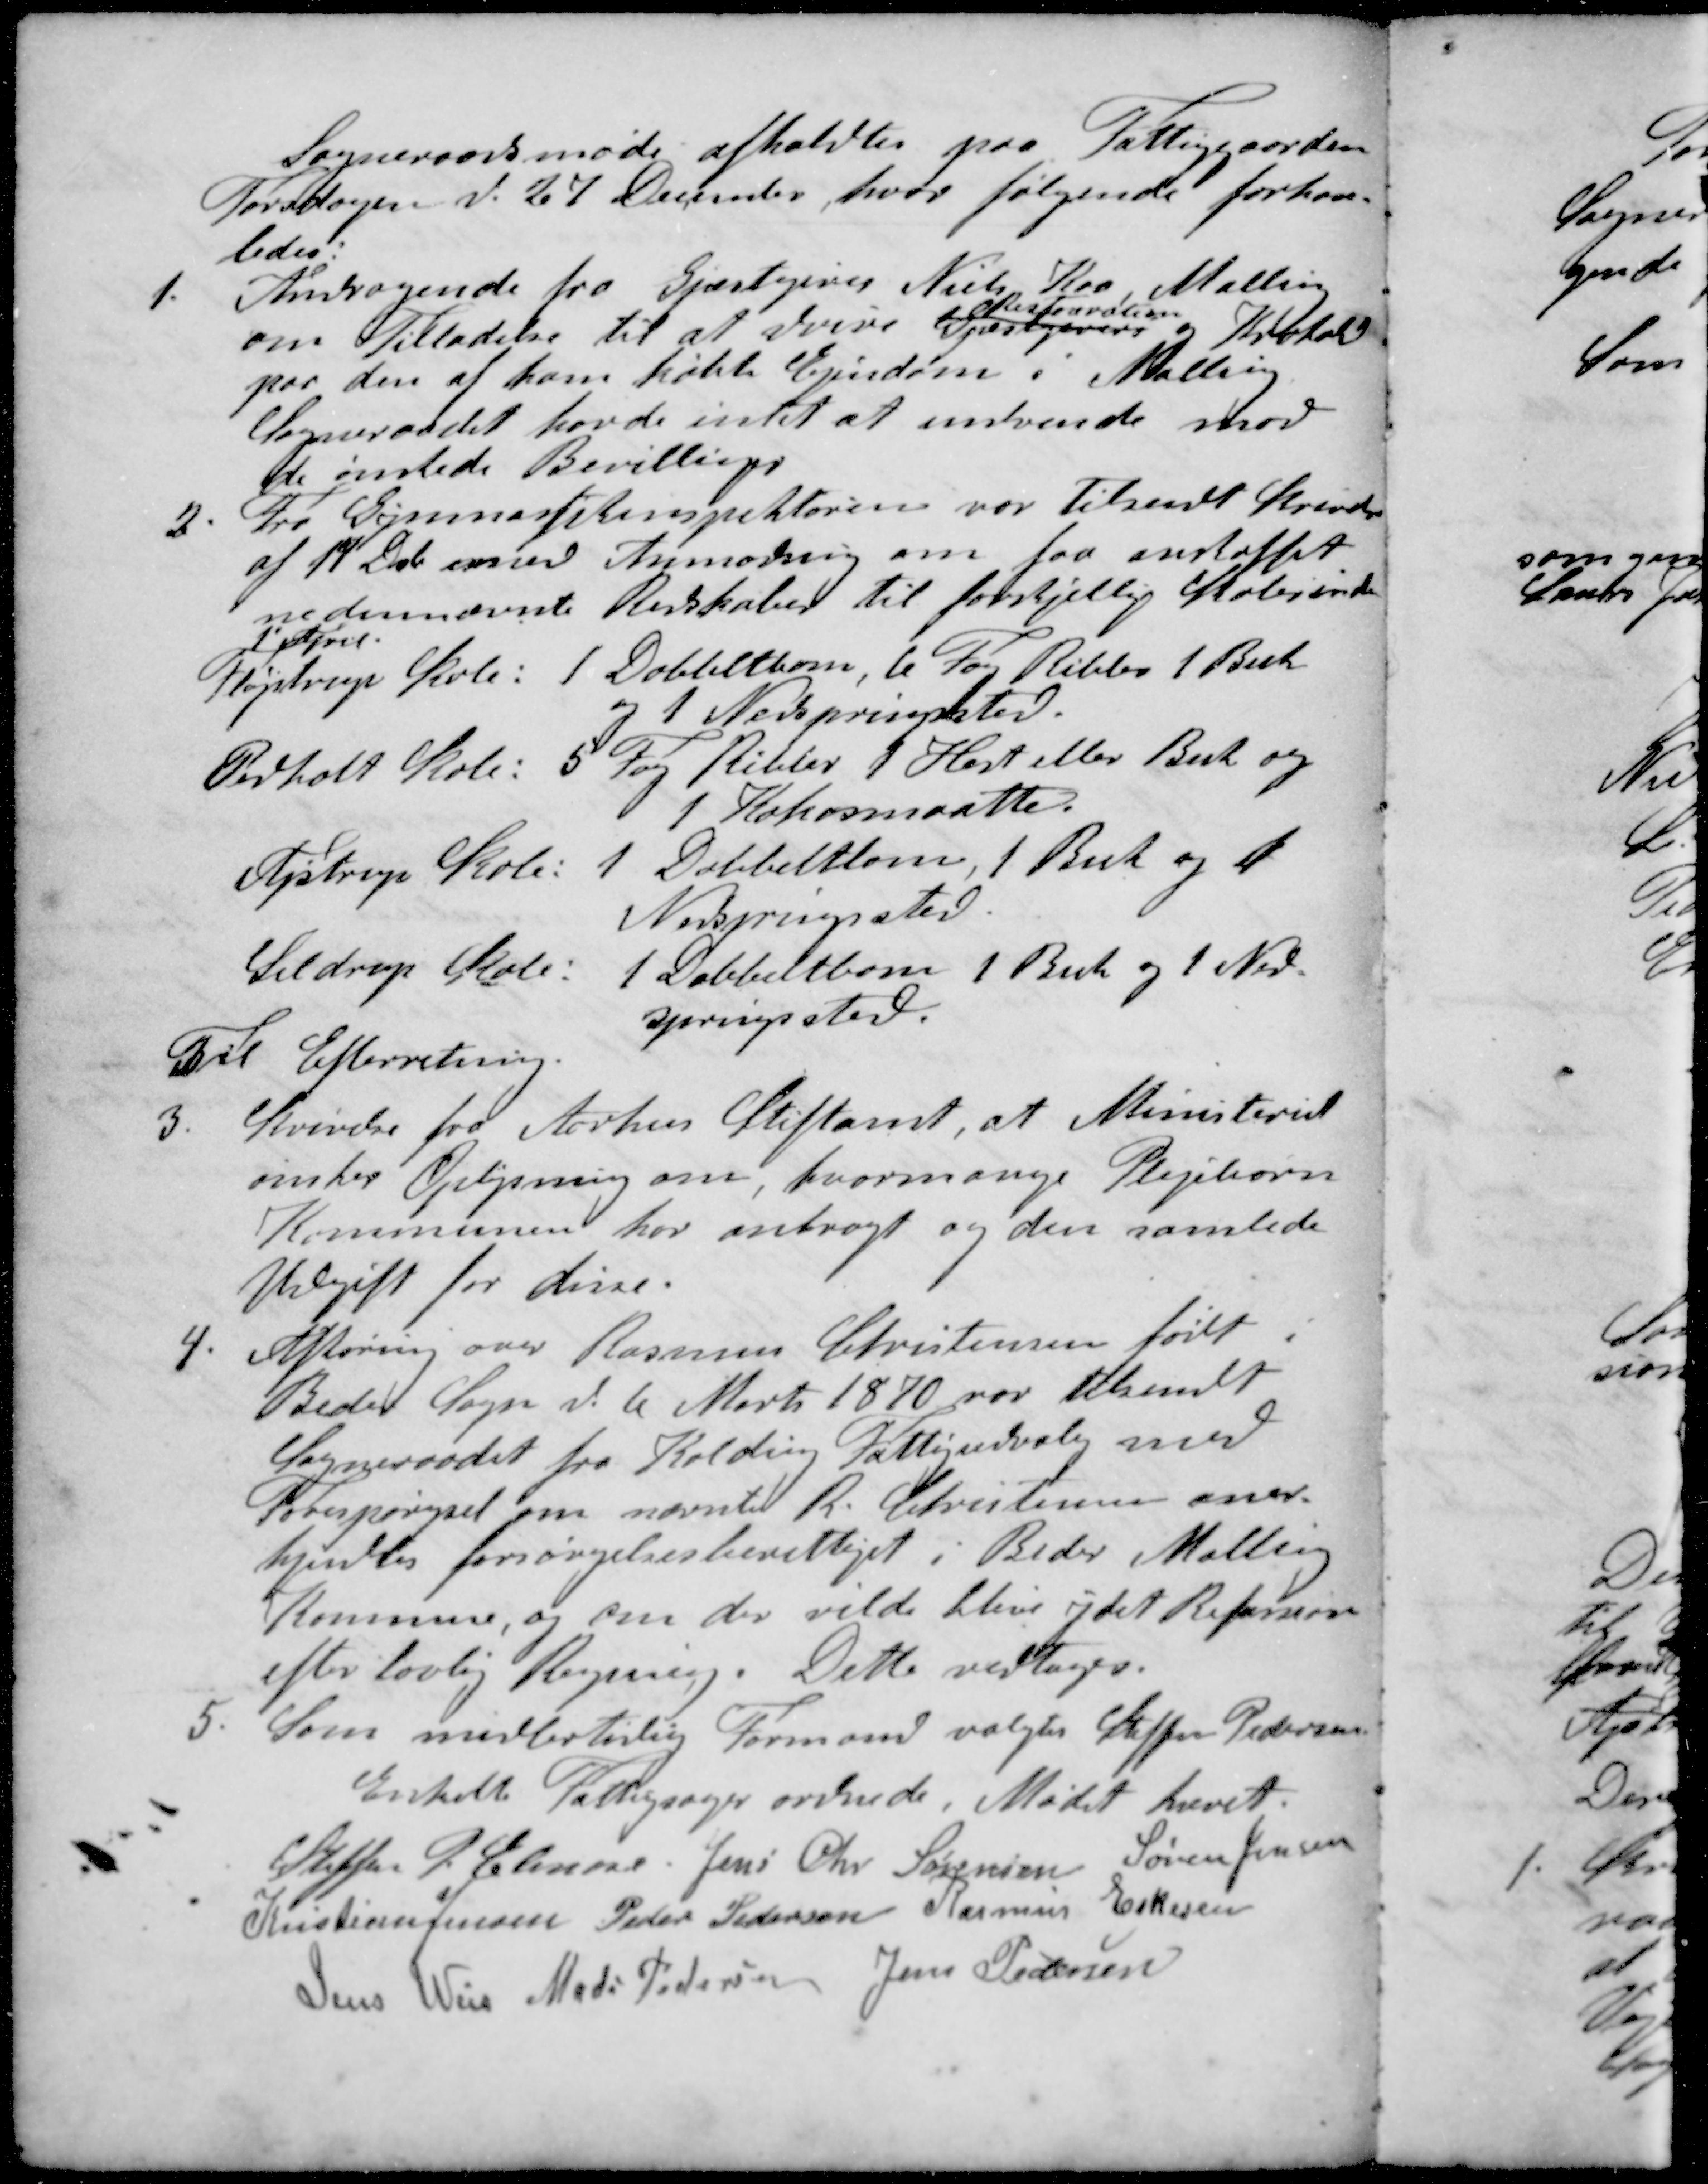
Transskription:
Sogneraadsmøde afholdtes paa Fattiggaarden
Torsdagen d. 27 December, hvor følgende forhan-
ledes.
1. Andragende fra Gjæstgiver Niels Kro Mallin
Restauration
om Tilladelse til at drive Gjæstgiveri og Krohold
paa den af ham købte Ejendom i Malling
Sogneraadet havde intet at indvende mod
de ønskede Bevillinger
2. Fra Gymnastikinspektøren var tilsendt Skrivelse
af 19 Dcb med Anmodning om faa anskaffet
nedennævnte Redskaber til forskjellige Skoler inde
1' April
Fløjstrup Skole: 1 Dobbeltborn, 6 Fag Ribber 1 Buk
og 1 Nedspringsssted.
Pedholt Skole: 5 Fag Ribber 1 Hest eller Buk og
1 Kokosmaatte.
Ajstrup Skole: 1 Dobbeltlov, 1 Buk og A
Nodsprugssted.
Seldrup Skole: 1 Dobbeltbom 1 Buk og 1 Ned-
springssted.
Til Efterretning.
3. Skrivelse fra Aarhus Stiftamt, at Ministeriet
ønsker Oplysning om, hvormange Plejebørn
Kommunen har anbragt og den samlede
Udgift for disse.
4. Afhøring over Rasmus Christensen født i
Beder Sogn d. 6 Marts 1870 var tilsendt
Sogneraadet fra Kolding Fattigudvalg med
Forespørgsel om nævnte R. Christensen aner-
kjendtes forsørgelsesberettiget i Beder Malling
kommune, og om der vilde blive ydet Refusion
efter lovlig Regning. Dette vedtoges.
5. Som midlertidig Formand valgtes Steffer Pedersen
Enkelte Fattigsager ordnede. Mødet hævet.
Steffen P Elmose
Jens Chr Sørensen
Søren Jensen
Kristian Jensen
Peder Pedersen
Rasmus Eskesen
Jens Weis
Mads Pedersen
Jens Pedersen